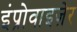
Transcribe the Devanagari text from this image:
इंप्रोवाइज़ेर